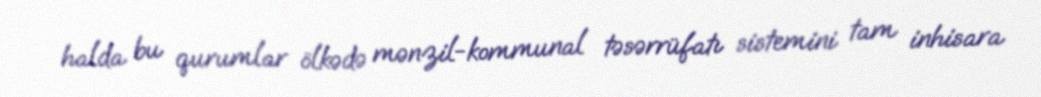
halda bu qurumlar ölkədə mənzil-kommunal təsərrüfatı sistemini tam inhisara